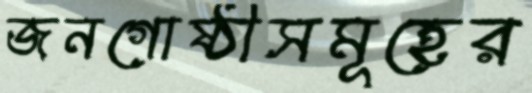
জনগোষ্ঠীসমূহের